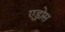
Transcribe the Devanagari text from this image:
एड्रोस